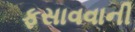
ફસાવવાની